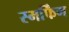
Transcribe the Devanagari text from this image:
स्मर्फिंग